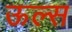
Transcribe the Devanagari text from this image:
ऊल्स